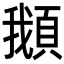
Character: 𩒰